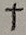
Text: +